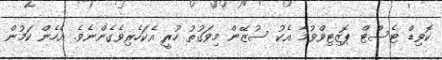
ކޮވިޑް ޓެސްޓް ޕޮޒިޓިވްވުމާ އެކު ސުޒޭން މިވަގުތު ހުރީ އެކަހެރިވެގެންނެވެ. އެހެން ކަމުން